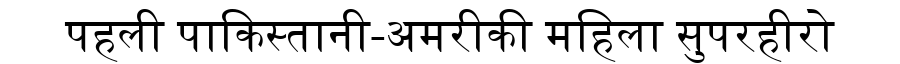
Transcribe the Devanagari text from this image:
पहली पाकिस्तानी-अमरीकी महिला सुपरहीरो